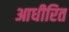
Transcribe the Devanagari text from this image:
आधीरित